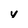
Character: v